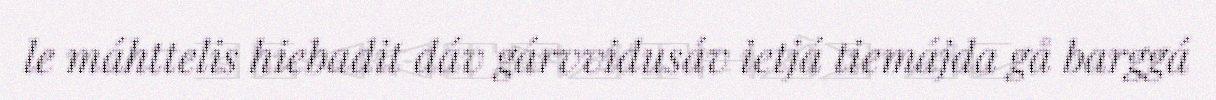
le máhttelis hiebadit dáv gárvvidusáv ietjá tiemájda gå barggá